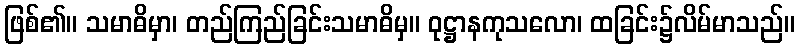
ဖြစ်၏။ သမာဓိမှာ၊ တည်ကြည်ခြင်းသမာဓိမှ။ ဝုဋ္ဌာနကုသလော၊ ထခြင်း၌လိမ်မာသည်။